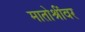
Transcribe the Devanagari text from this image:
मातोश्रींवर